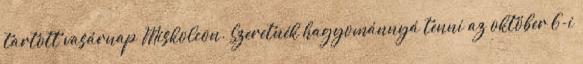
tartott vasárnap Miskolcon. Szeretnék hagyománnyá tenni az október 6-i